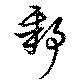
鄹